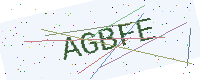
Text: AGBFE